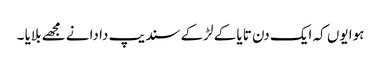
ہوا یوں کہ ایک دن تایا کے لڑکے سندیپ دا دانے مجھے بلایا ۔